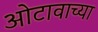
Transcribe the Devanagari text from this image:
ओटावाच्या